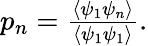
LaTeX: \begin{array}{r}{p_{n}=\frac{\left<\psi_{1}\psi_{n}\right>}{\left<\psi_{1}\psi_{1}\right>}.}\end{array}